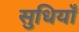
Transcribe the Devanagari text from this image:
सुधियाँ